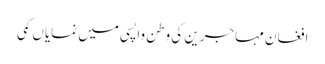
افغان مہاجرین کی وطن واپسی میں نمایاں کمی